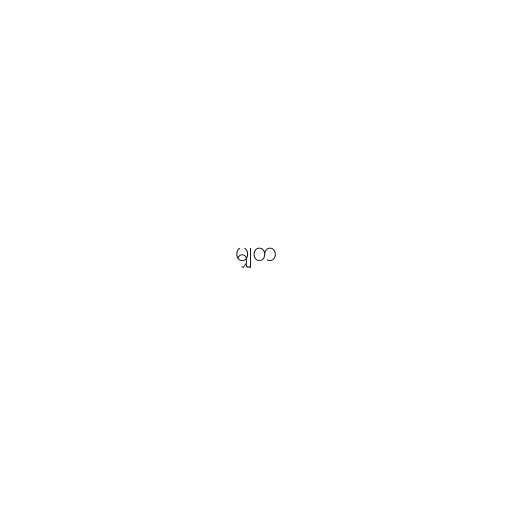
မျှတ